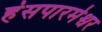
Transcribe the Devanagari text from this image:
हंसपारमेश्वर